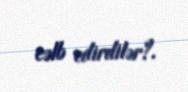
cəlb edirdilər?.